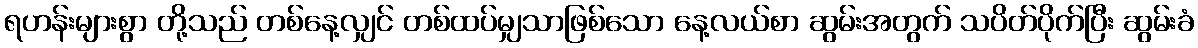
ရဟန်းများစွာ တို့သည် တစ်နေ့လျှင် တစ်ထပ်မျှသာဖြစ်သော နေ့လယ်စာ ဆွမ်းအတွက် သပိတ်ပိုက်ပြီး ဆွမ်းခံ